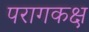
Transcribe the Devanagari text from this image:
परागकक्ष